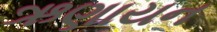
ઋણાયન